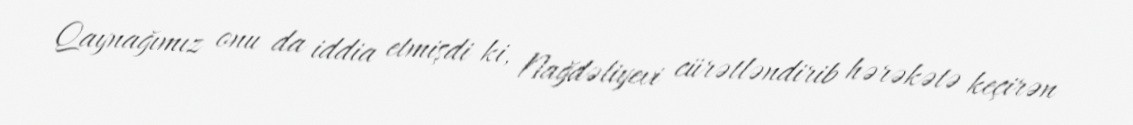
Qaynağımız onu da iddia etmişdi ki, Nağdəliyevi cürətləndirib hərəkətə keçirən